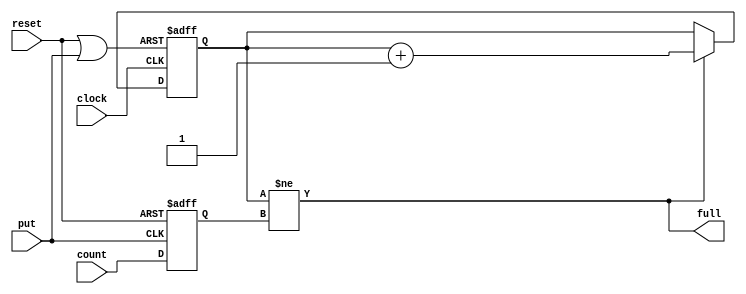
/*
 * Timeout Module
 *
 * Copyright (c) 2021 Alexei A. Smekalkine <ikle@ikle.ru>
 *
 * SPDX-License-Identifier: BSD-2-Clause
 */

`ifndef TIMEOUT_V
`define TIMEOUT_V  1

module timeout #(
	parameter W = 8
)(
	input reset, input clock,
	input [W-1:0] count, (* noglobal *) input put, output full
);
	reg [W-1:0] cursor, stop;
	wire init;

	always @(posedge reset or posedge put) #1
		if (reset)
			stop <= 0;
		else
			stop <= count;

	assign init = reset | put;

	always @(posedge init or posedge clock) #1
		if (init)
			cursor <= 0;
		else
		if (full)
			cursor <= cursor + 1;

	assign full = (cursor != stop);
endmodule

`endif  /* TIMEOUT_V */